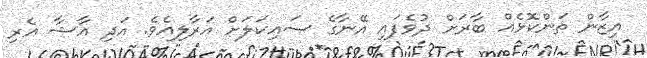
އިޒާން ތަންކޮޅެއް ބާރަށް ދުވެފައި އޭނާގެ ސައިކަލަށް އަރާލިއެވެ. އަދި އާޝާ އެރި